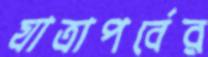
যাত্রাপর্বের